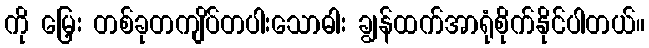
ကို မြှေး တစ်ခုတကျိပ်တပါးသောဓါး ချွန်ထက်အာရုံစိုက်နိုင်ပါတယ်။